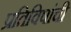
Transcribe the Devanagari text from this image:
प्रतिविषांची